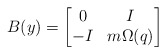
\begin{align*} B(y) = \begin{bmatrix} 0 & I \\ -I & m\Omega(q) \end{bmatrix}\end{align*}